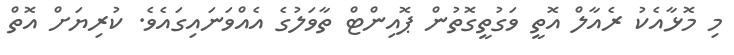
މި މޮޅާއެކު ރެއާލް އޮތީ ވަގުތީގޮތުން ޕޮއިންޓް ތާވަލުގެ އެއްވަނައިގައެވެ. ކުރިޔަށް އޮތް